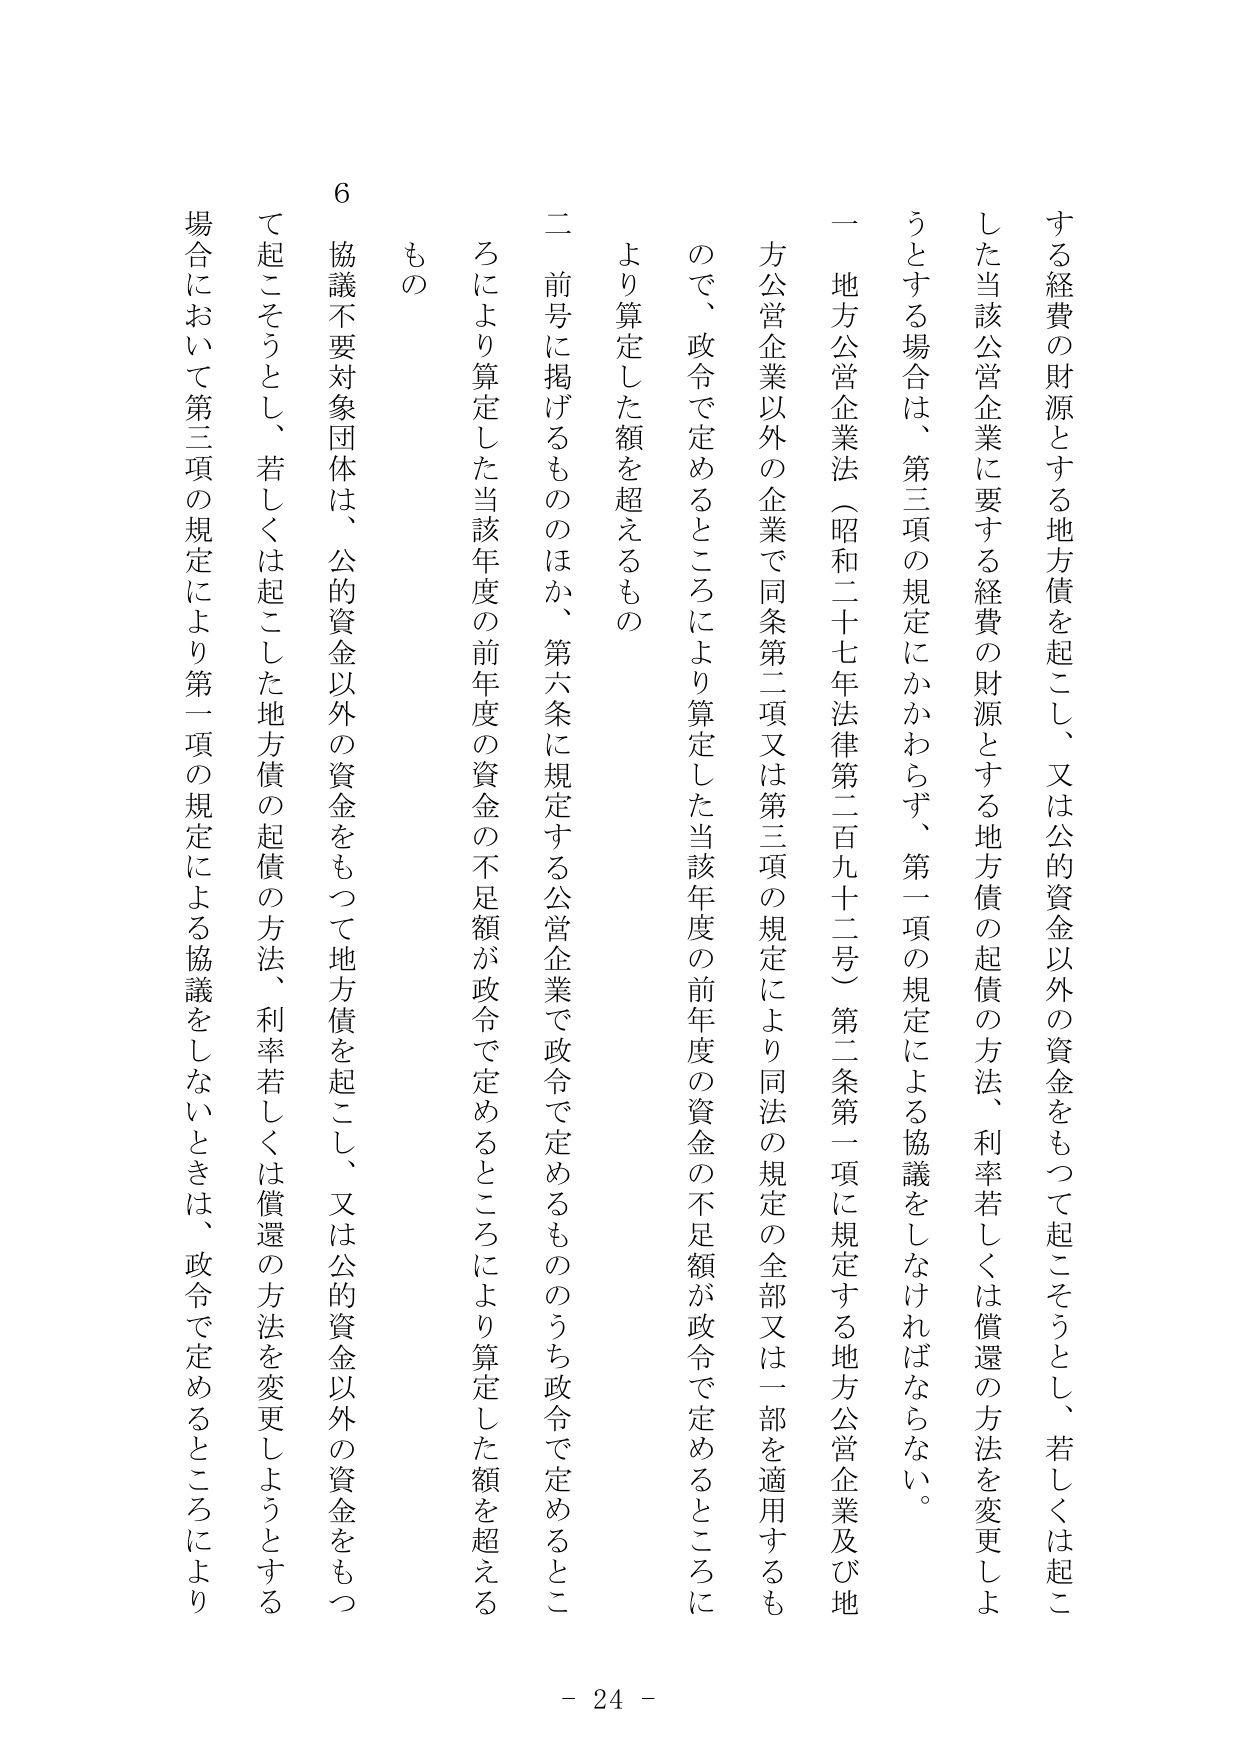
する経費の財源とする地方債を起こし、又は公的資金以外の資金をもつて起こそうとし、若しくは起こした当該公営企業に要する経費の財源とする地方債の起債の方法、利率若しくは償還の方法を変更しようとする場合は、第三項の規定にかかわらず、第一項の規定による協議をしなければならない。

一 地方公営企業法（昭和二十七年法律第二百九十二号）第二条第一項に規定する地方公営企業及び地方公営企業以外の企業で同条第二項又は第三項の規定により同法の規定の全部又は一部を適用するもので、政令で定めるところにより算定した当該年度の前年度の資金の不足額が政令で定めるところにより算定した額を超えるもの

二 前号に掲げるもののほか、第六条に規定する公営企業で政令で定めるもののうち政令で定めるところにより算定した当該年度の前年度の資金の不足額が政令で定めるところにより算定した額を超えるもの

6 協議不要対象団体は、公的資金以外の資金をもつて地方債を起こし、又は公的資金以外の資金をもつて起こそうとし、若しくは起こした地方債の起債の方法、利率若しくは償還の方法を変更しようとする場合において第三項の規定により第一項の規定による協議をしないときは、政令で定めるところにより

- 24 -